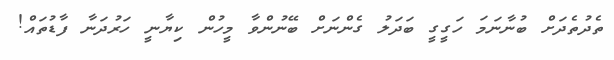
ތެދުތެދަށް ބުނާނަމަ ހަގީގީ ބަދަލު ގެންނަށް ބޭނުންވާ މީހުން ކިޔާނީ ހަރުދަނާ ފާޑުތައް!